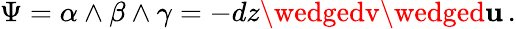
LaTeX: \Psi=\alpha\wedge\beta\wedge\gamma=-dz\wedgedv\wedged\mathbf{u}\, .